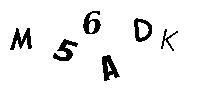
M56ADK